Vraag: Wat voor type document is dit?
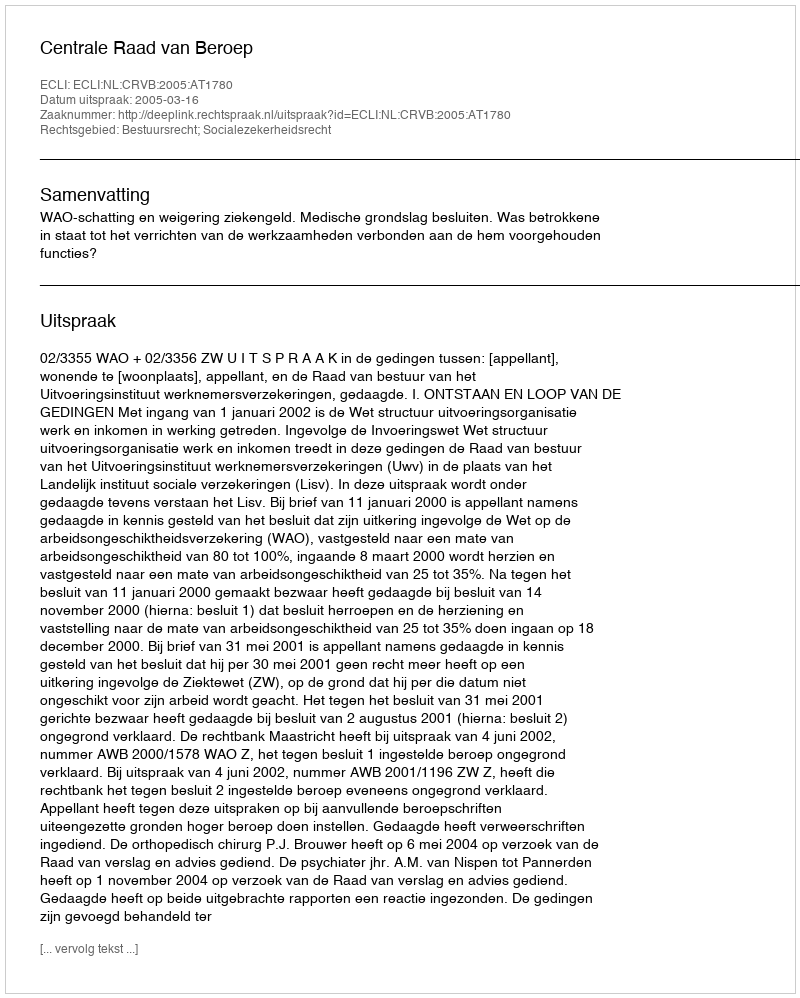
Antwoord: Uitspraak